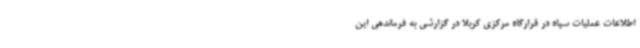
اطلاعات عملیات سپاه در قرارگاه مرکزی کربلا در گزارشی به فرماندهی این